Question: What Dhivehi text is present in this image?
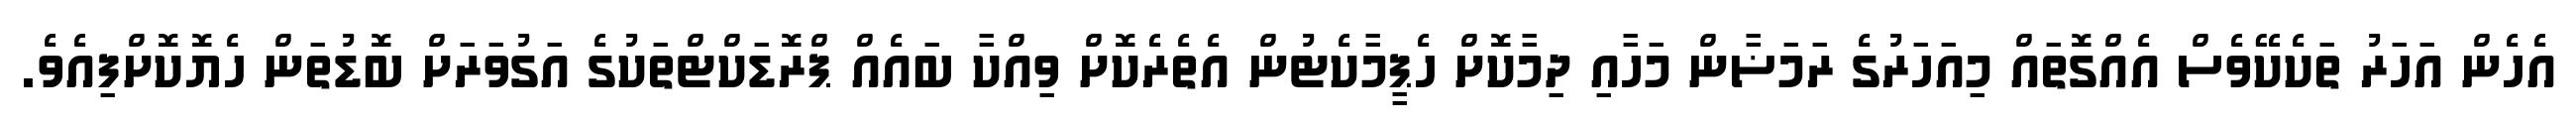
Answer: އެހެން އަހަރު ތަކެކޭވެސް އެއްގޮތައް މިއަހަރުގެ ރަމަޟާން މަހާއި ދިމާކޮށް ހެޕީމާކެޓުން އެތެރެކޮށް ވިއްކާ ބައެއް ޕްރޮޑަކްޓްތަކުގެ އަގުވަރަށް ބޮޑުތަން ހެޔޮކޮށްފިއެވެ.